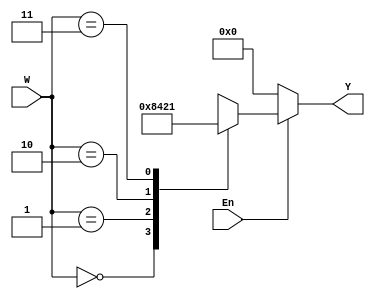
`timescale 1ns / 1ps
//////////////////////////////////////////////////////////////////////////////////

// ID          : N180116
//Branch       : ECE
//Project Name : RTL design using Verilog
//Design  Name : 2 TO 4 DECODER
//Module  Name : decoder_2x4
//RGUKT NUZVID 
//////////////////////////////////////////////////////////////////////////////////


module decoder_2x4(En,W,Y);
input En;
input [1:0]W;
output reg [0:3]Y;

always @(En,W)
begin
	if(En)
	begin
		Y = 4'b0000;
		case(W)
			0 :	Y = 4'b1000;
			1 : Y = 4'b0100;
			2 : Y = 4'b0010;
			3 : Y = 4'b0001;
			default :  Y= 4'b0000; 
		endcase
	end
	else
		Y = 4'b0000;
end
endmodule